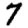
Digit: 7